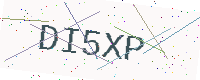
Text: DI5XP